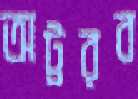
অট্টরব